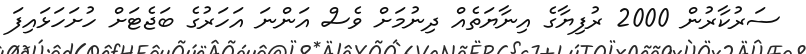
ސަރުކާރުން 2000 ރުފިޔާގެ އިނާޔަތެއް ދިނުމަށް ވެސް އަންނަ އަހަރުގެ ބަޖެޓަށް ހުށަހަޅައިފަ